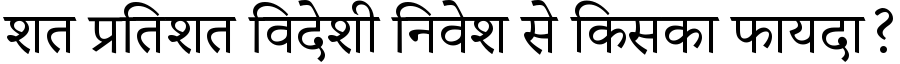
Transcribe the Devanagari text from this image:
शत प्रतिशत विदेशी निवेश से किसका फायदा?